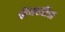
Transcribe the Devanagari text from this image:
शेंगातील